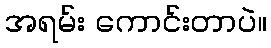
အရမ်း ကောင်းတာပဲ။